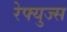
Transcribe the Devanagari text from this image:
रेफ्युज्स